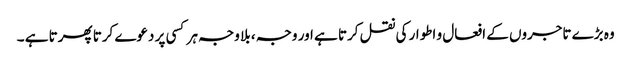
وہ بڑے تاجروں کے افعال و اطوار کی نقل کرتا ہے اور وجہ ، بلا وجہ ہر کسی پر دعوے کرتا پھرتا ہے ۔